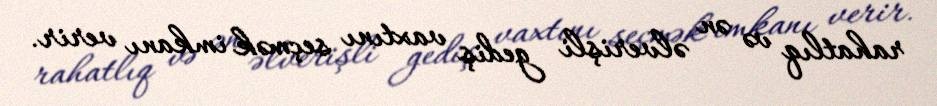
rahatlıq və ən əlverişli gediş vaxtını seçmək imkanı verir.